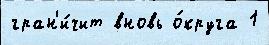
гран'и́чит вновь о́круга 1